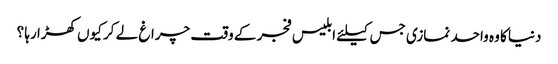
دنیا کا وہ واحد نمازی جس کیلئے ابلیس فجر کے وقت چراغ لے کر کیوں کھڑا رہا ؟